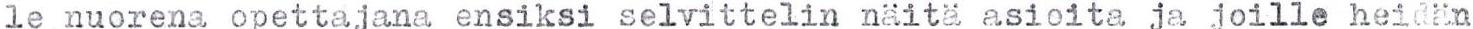
le nuorena opettajana ensiksi selvittelin näitä asioita ja joille heiden